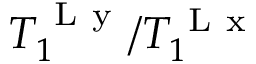
T _ { 1 } ^ { \mathrm { ~ L ~ y ~ } } / T _ { 1 } ^ { \mathrm { ~ L ~ x ~ } }